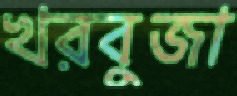
খরবুজা